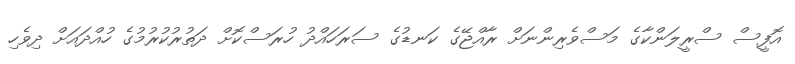
އޮފީސް ސްރީލަންކާގެ މަސްވެރިންނަށް ރާއްޖޭގެ ކަނޑުގެ ސަރަހައްދު ހުރަސްކޮށް ދަތުރުކުރުމުގެ ހުއްދައަށް ދިވެހި